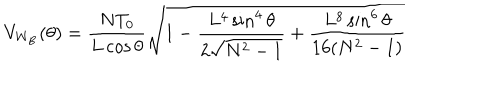
V _ { \mathrm { W _ { B } } } ( \theta ) = \frac { N T _ { 0 } } { L \cos { \theta } } \sqrt { 1 - \frac { L ^ { 4 } \sin ^ { 4 } { \theta } } { 2 \sqrt { N ^ { 2 } - 1 } } + \frac { L ^ { 8 } \sin ^ { 6 } { \theta } } { 1 6 ( N ^ { 2 } - 1 ) } }